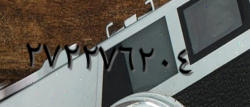
٢٧٢٢٧٦٢٠٤